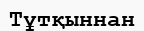
Тұтқыннан